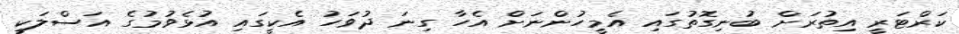
ކަރްޓަރީ އިތުރަށް ބުނިގޮތުގައި އެމީހުންނަށް އެހާ ގިނަ ދުވަހު އެކީގައި އުޅެވުމުގެ އަސްލަކީ